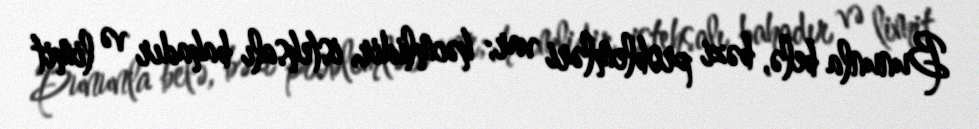
Bununla belə, bəzi problemləri var; həcmlidir, istehsalı bahadır və limit